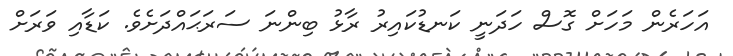
އަހަރެން މަހަށް ގޮސް ހަދަނީ ކަނޑުކައިރު ރާޅު ބިންނަ ސަރަޙައްދަށެވެ. ކަޑާއި ވަރަށް